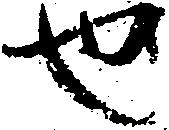
也